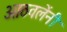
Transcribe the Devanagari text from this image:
आठवलेंनी